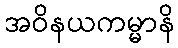
အဝိနယကမ္မာနိ